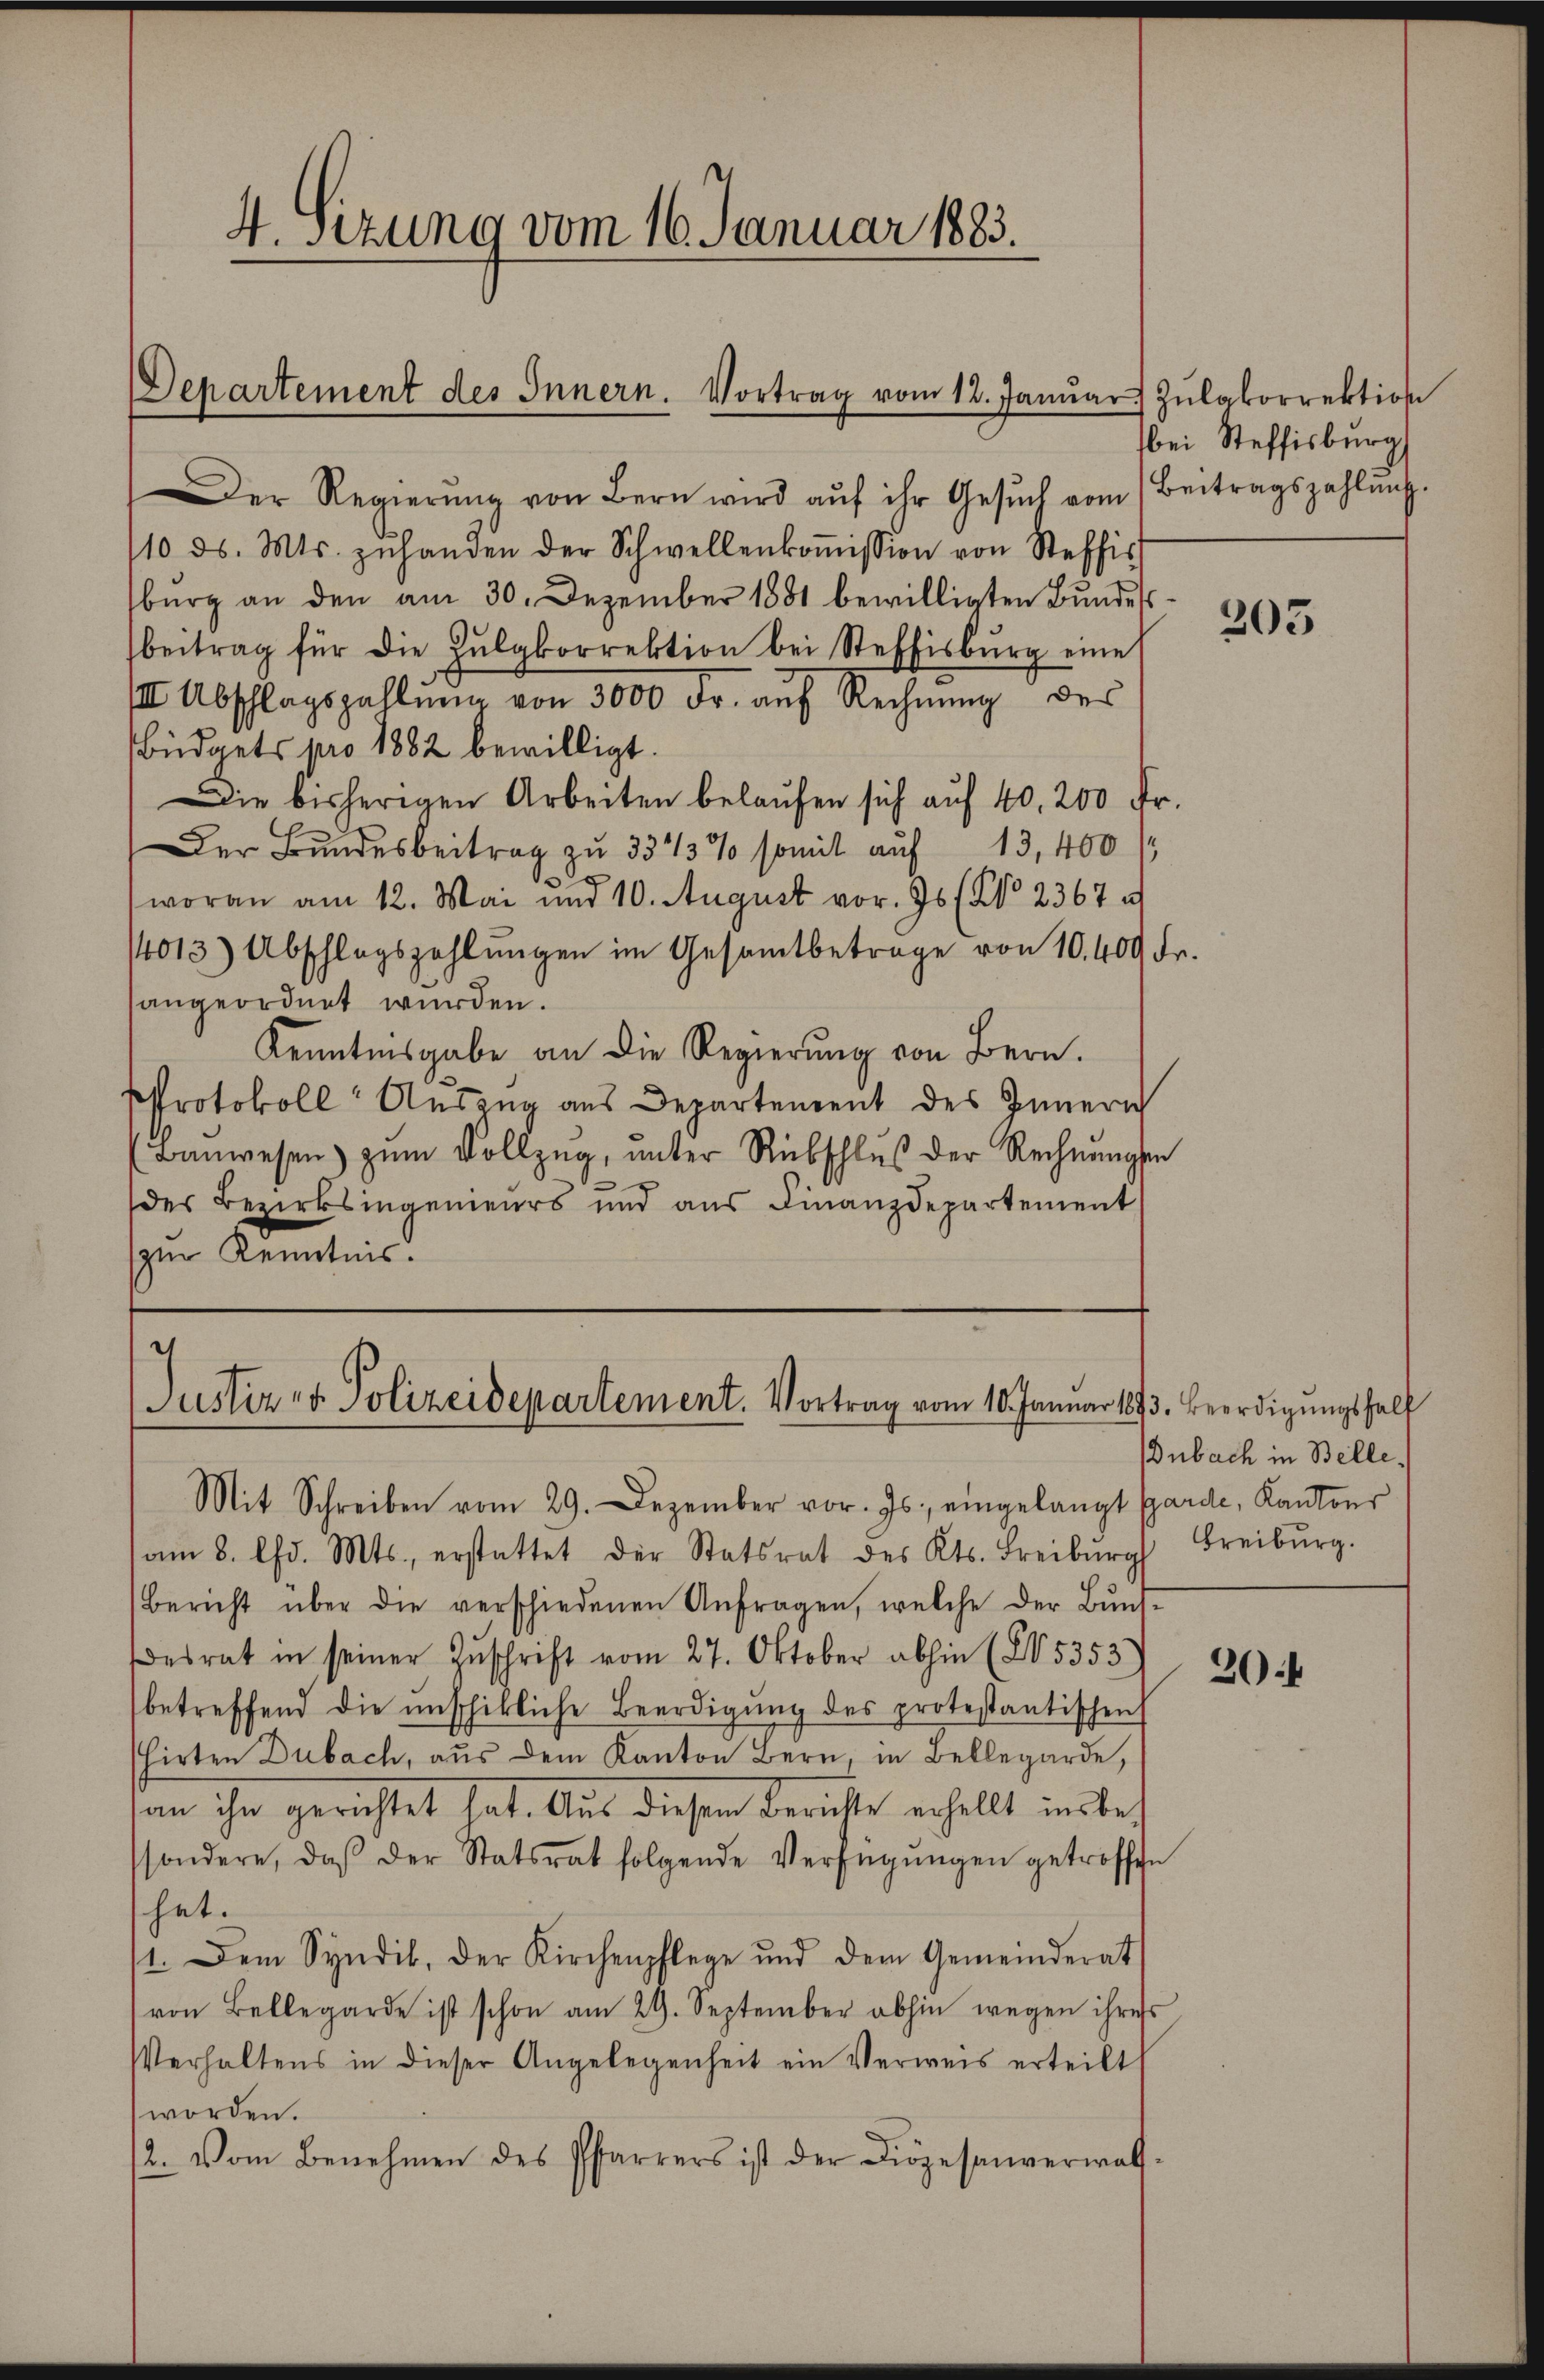
4. sezung vom 16. Januar 1883.

Departement des Innern. Vortrag vom 12. Janŭar Zŭlakorrektion

Der Regierŭng von Bern wird aŭf ihr Gesŭch vom Beitragszahlŭng.
110 d. Mts. zŭ handen der Schwellenkoṁission von Steffis
burg an den am 30. Dezember 1881 bewilligten Bundess
beitrag für die Zŭlgkorrektion bei Steffisburg eine
III. Abschlagszahlŭng von 3000 Fr. aŭf Rechnung des
büdgets pro 1882 bewilligt.
Die bisherigen Arbeiten belaufen sich auf 40, 200 Fr.
Der Bundesbeitrag zu 331/3% somit auf 13,400 1
1
woran am 12. Mai und 10. August vor. Js. (No 2367 al
14013) Abschlagszahlŭngen im Gesamtbetrage von 10. 400 Fr.
angeordnet wurden.
Kenntnisgabe an die Regierung von Bern.
Protokoll Auszug aus Departement des Innern
(Baŭwesen zŭm Vollzŭg, ŭnter Rübschlŭβ der Rechnŭngen
des Bezirksingenieurs und aŭs Finanzdepartement
zur Kenntnis.

Justiz- & Polizeidepartement. Vortrag vom 10. Januar 1893. Beerdigŭngshelf

bei Steffisburg

Mit Schreiben vom 29. Dezember vor. Js. eingelangt Garde, Kantons
am 8. Chr. Mts., erstattet der Statsrat des Kts. Freiburg
Bericht über die verschiedenen Anfragen, welche der Bŭnd-
esrat in seiner Zŭschrift vom 27. Oktober abhin (25353
betreffend die unschikliche Beerdigŭng des protestantischen
hirten Dubach, aŭs dem Kanton Bern, in Bellegarde,
an ihn gerichtet hat. Aus diesem Berichte erhellt insbes
sondere, daβ der Statsrat folgende Verfügŭngen getroffen
hat.
11. Dem Syndil, der Kirchenpflege und dem Gemeinderat
von Bellegarde ist schon am 29. September abhin wegen ihres
Verhaltens in dieser Angelegenheit ein Verweis erteilt
worden.
2. Vom Benehmen des Pfarrers ist der Diözesenverwal-

305

Dubach in Belle,
Freiburg.

20